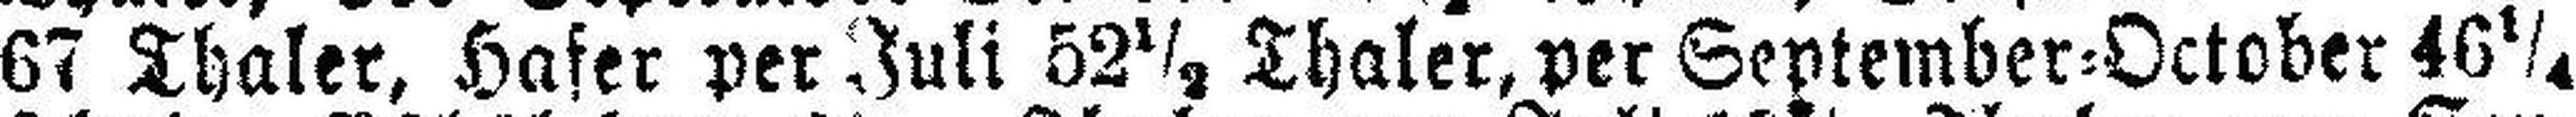
67 Thaler, Hafer per Juli 52½ Thaler, per September=October 46¼